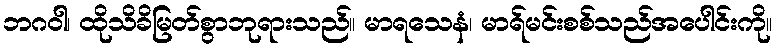
ဘဂဝါ၊ ထိုသိခိမြတ်စွာဘုရားသည်။ မာရသေနံ၊ မာရ်မင်းစစ်သည်အပေါင်းကို။